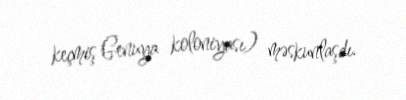
keçmiş Genuya koloniyası) məskunlaşdı.